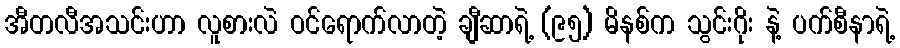
အီတလီအသင်းဟာ လူစားလဲ ဝင်ရောက်လာတဲ့ ချီဆာရဲ့ (၉၅) မိနစ်က သွင်းဂိုး နဲ့ ပက်စီနာရဲ့